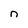
Character: n